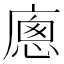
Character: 𢊕